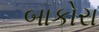
બાકોરા